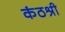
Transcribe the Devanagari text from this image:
कंठश्री